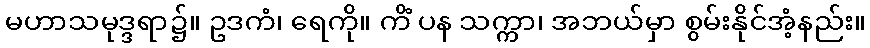
မဟာသမုဒ္ဒရာ၌။ ဥဒကံ၊ ရေကို။ ကိံ ပန သက္ကာ၊ အဘယ်မှာ စွမ်းနိုင်အံ့နည်း။